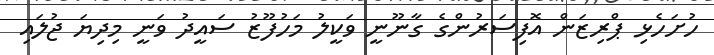
ހުށަހެޅި ޕްރިޒަން އޮފިސަރުންގެ ގާނޫނީ ވަކީލު މަހުފޫޒު ސައީދު ވަނީ މިދިޔަ ޖުލައި